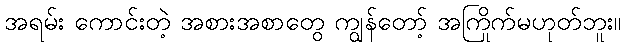
အရမ်း ကောင်းတဲ့ အစားအစာတွေ ကျွန်တော့် အကြိုက်မဟုတ်ဘူး။